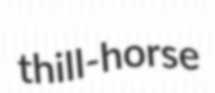
thill-horse